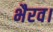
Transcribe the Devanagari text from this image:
भैरव।